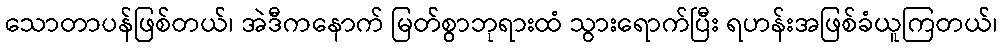
သောတာပန်ဖြစ်တယ်၊ အဲဒီကနောက် မြတ်စွာဘုရားထံ သွားရောက်ပြီး ရဟန်းအဖြစ်ခံယူကြတယ်၊